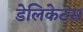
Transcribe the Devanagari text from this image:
डेलिकेटस